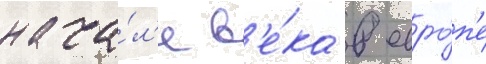
нача́л'е в'е́ка в евро́п'е